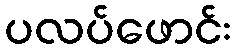
ပလပ်ဖောင်း